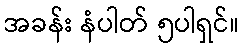
အခန်း နံပါတ် ၅ပါရှင်။